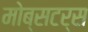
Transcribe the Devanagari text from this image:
मोब्सटर्स